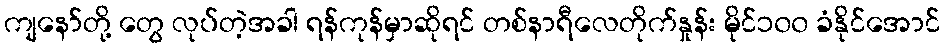
ကျနော်တို့ တွေ လုပ်တဲ့အခါ ရန်ကုန်မှာဆိုရင် တစ်နာရီလေတိုက်နှုန်း မိုင်၁၀၀ ခံနိုင်အောင်